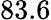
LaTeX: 83.6